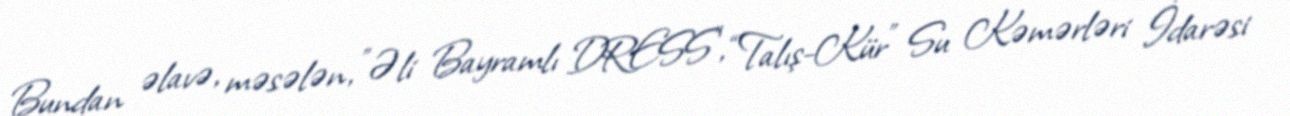
Bundan əlavə, məsələn, "Əli Bayramlı DRESS", “Talış-Kür” Su Kəmərləri İdarəsi